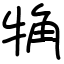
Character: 觕